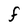
Character: F